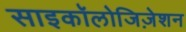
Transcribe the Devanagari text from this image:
साइकॉलोजिज़ेशन